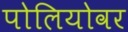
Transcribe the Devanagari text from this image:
पोलियोवर